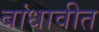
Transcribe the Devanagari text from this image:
बांधावीत